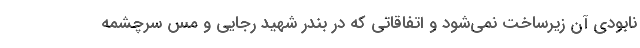
نابودی آن زیرساخت نمی‌شود و اتفاقاتی که در بندر شهید رجایی و مس سرچشمه